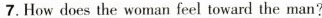
7. How does the woman feel toward the man？